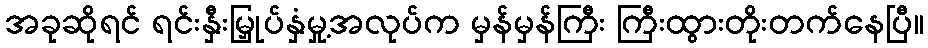
အခုဆိုရင် ရင်းနှီးမြှုပ်နှံမှု့အလုပ်က မှန်မှန်ကြီး ကြီးထွားတိုးတက်နေပြီ။